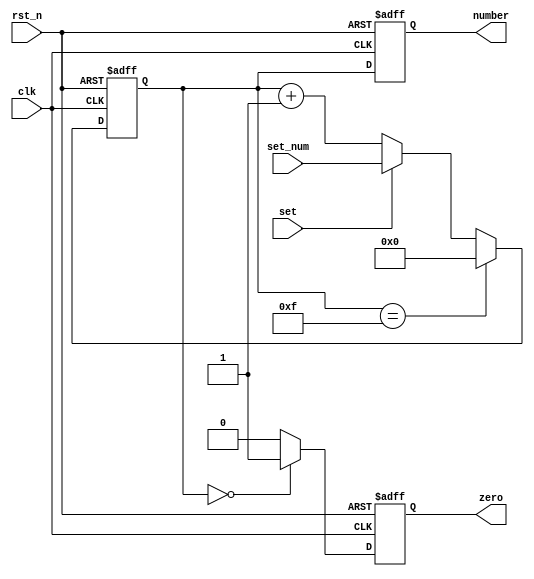
`timescale 1ns/1ns

module count_module(
	input clk,
	input rst_n,
	input set,
	input [3:0] set_num,
	output reg [3:0]number,
	output reg zero
	);

    //  
    wire add_cnt;
    wire end_cnt;
    reg [3:0]cnt;                   
    always @(posedge clk or negedge rst_n)begin
        if(!rst_n)begin
            cnt <= 0;
        end
        else if(add_cnt)begin
            if(end_cnt)
                cnt <= 0;
            else if(set)
                cnt <= set_num;
            else
                cnt <= cnt + 1;
        end
    end
                        
    assign add_cnt = 1;  
    assign end_cnt = add_cnt && cnt== 15; 

    //  tip
    always  @(posedge clk or negedge rst_n)begin
        if(rst_n==1'b0)begin
            zero <= 0;
        end
        else if(cnt == 0) begin
            zero <= 1;
        end
        else begin
            zero <= 0;
        end 
    end

    always  @(posedge clk or negedge rst_n)begin
        if(rst_n==1'b0)begin
            number <= 0;
        end
        else begin
            number <= cnt;
        end
    end

endmodule